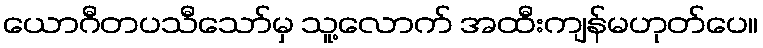
ယောဂီတပသီသော်မှ သူ့လောက် အထီးကျန်မဟုတ်ပေ။